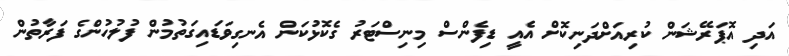
އަދި އޮޕަރޭޝަން ކުރިއަށްދަނިކޮށް އެއީ ޑިފެންސް މިނިސްޓަރު ގެކޮޅުކަން އެނގިވަޑައިގަތުމުން ފުލުހުންގެ ފަރާތުން